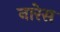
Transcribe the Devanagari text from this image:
नारेस